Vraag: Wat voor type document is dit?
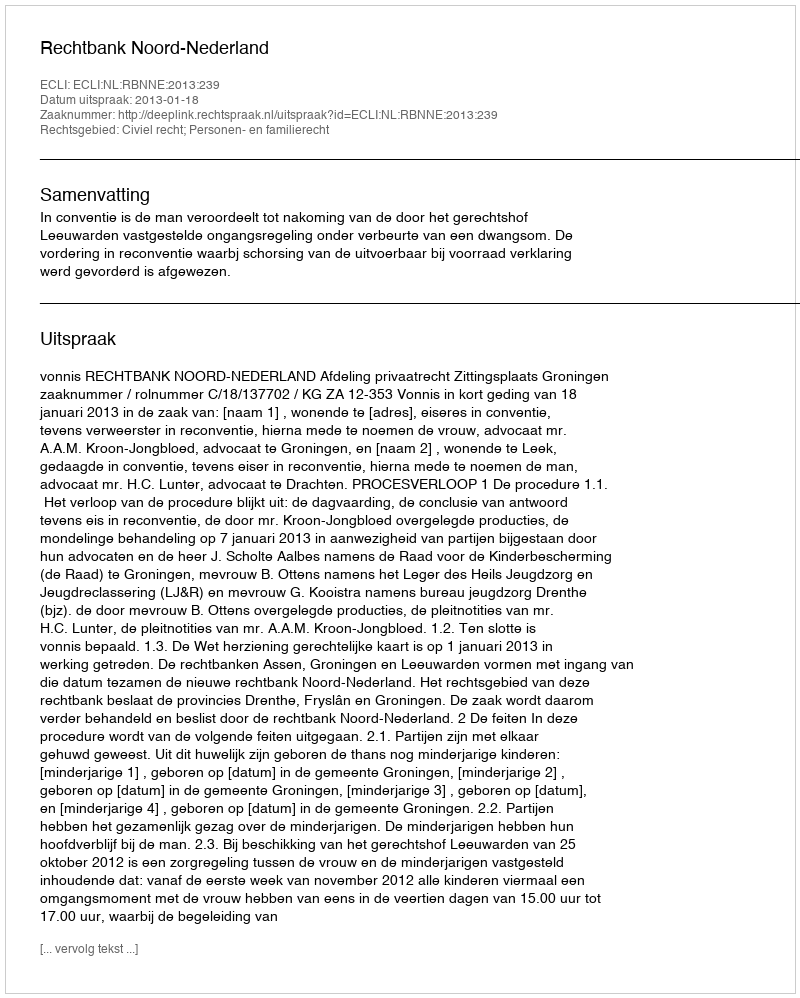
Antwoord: Uitspraak